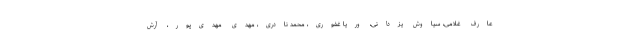
عارف غلامی، سیاوش یزدانی، وریا غفوری، محمد نادری، مهدی مهدی‌پور، آرش